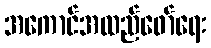
အကောင်အထည်ဖော်ရေး